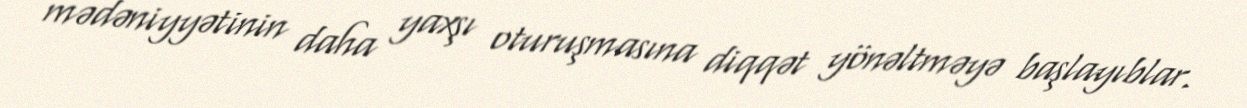
mədəniyyətinin daha yaxşı oturuşmasına diqqət yönəltməyə başlayıblar.